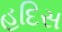
હદિસ